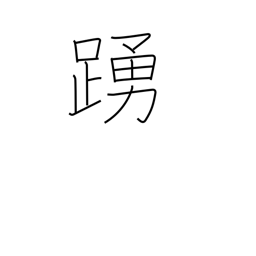
Meaning: leap